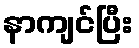
နာကျင်ပြီး